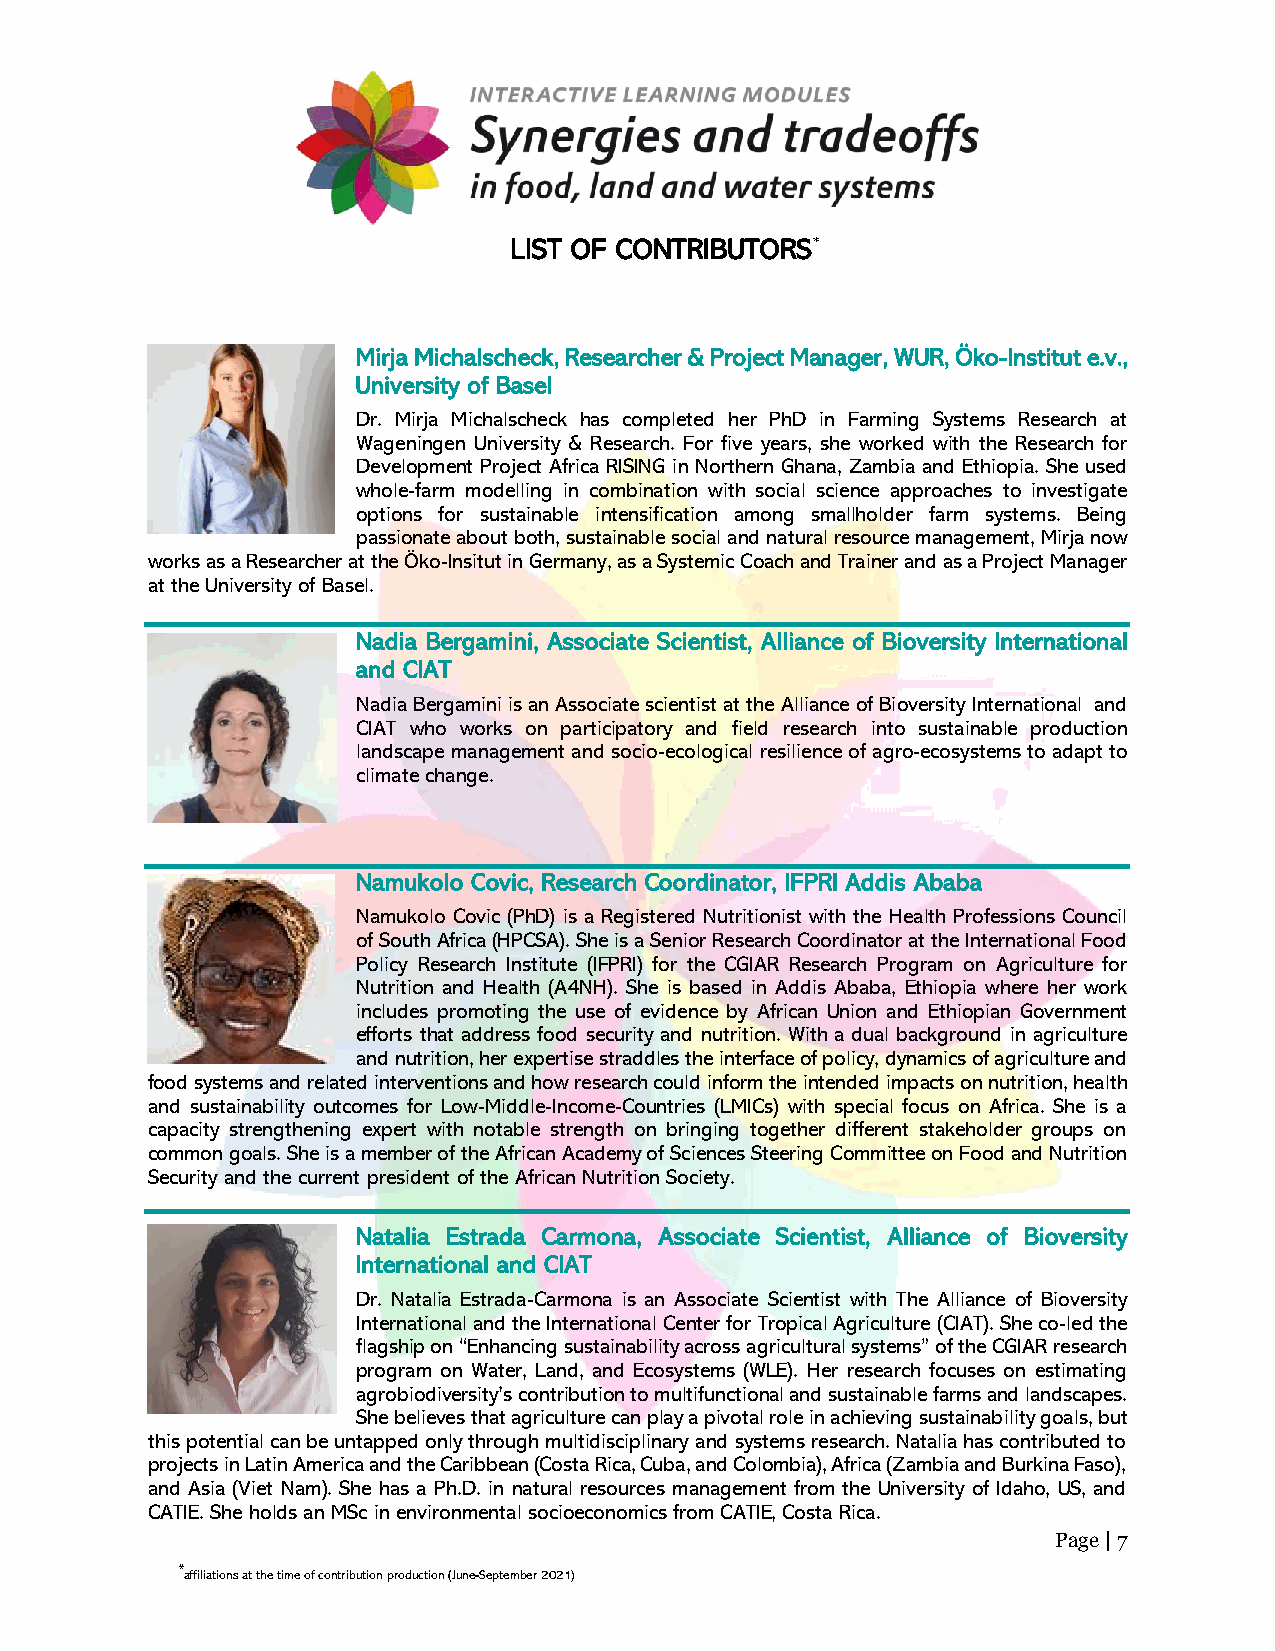
LIST OF CONTRIBUTORS*
 Mirja Michalscheck, Researcher & Project Manager, WUR, Öko-Institut e.v.,
 University of Basel
 Dr. Mirja Michalscheck has completed her PhD in Farming Systems Research at
 Wageningen University & Research. For five years, she worked with the Research for
 Development Project Africa RISING in Northern Ghana, Zambia and Ethiopia. She used
 whole-farm modelling in combination with social science approaches to investigate
 options for sustainable intensification among smallholder farm systems. Being
 passionate about both, sustainable social and natural resource management, Mirja now
 works as a Researcher at the Öko-Insitut in Germany, as a Systemic Coach and Trainer and as a Project Manager
 at the University of Basel.
 Nadia Bergamini, Associate Scientist, Alliance of Bioversity International
 and CIAT
 Nadia Bergamini is an Associate scientist at the Alliance of Bioversity International and
 CIAT who works on participatory and field research into sustainable production
 landscape management and socio-ecological resilience of agro-ecosystems to adapt to
 climate change.
 Namukolo Covic, Research Coordinator, IFPRI Addis Ababa
 Namukolo Covic (PhD) is a Registered Nutritionist with the Health Professions Council
 of South Africa (HPCSA). She is a Senior Research Coordinator at the International Food
 Policy Research Institute (IFPRI) for the CGIAR Research Program on Agriculture for
 Nutrition and Health (A4NH). She is based in Addis Ababa, Ethiopia where her work
 includes promoting the use of evidence by African Union and Ethiopian Government
 efforts that address food security and nutrition. With a dual background in agriculture
 and nutrition, her expertise straddles the interface of policy, dynamics of agriculture and
 food systems and related interventions and how research could inform the intended impacts on nutrition, health
 and sustainability outcomes for Low-Middle-Income-Countries (LMICs) with special focus on Africa. She is a
 capacity strengthening expert with notable strength on bringing together different stakeholder groups on
 common goals. She is a member of the African Academy of Sciences Steering Committee on Food and Nutrition
 Security and the current president of the African Nutrition Society.
 Natalia Estrada Carmona, Associate Scientist, Alliance of Bioversity
 International and CIAT
 Dr. Natalia Estrada-Carmona is an Associate Scientist with The Alliance of Bioversity
 International and the International Center for Tropical Agriculture (CIAT). She co-led the
 flagship on “Enhancing sustainability across agricultural systems” of the CGIAR research
 program on Water, Land, and Ecosystems (WLE). Her research focuses on estimating
 agrobiodiversity’s contribution to multifunctional and sustainable farms and landscapes.
 She believes that agriculture can play a pivotal role in achieving sustainability goals, but
 this potential can be untapped only through multidisciplinary and systems research. Natalia has contributed to
 projects in Latin America and the Caribbean (Costa Rica, Cuba, and Colombia), Africa (Zambia and Burkina Faso),
 and Asia (Viet Nam). She has a Ph.D. in natural resources management from the University of Idaho, US, and
 CATIE. She holds an MSc in environmental socioeconomics from CATIE, Costa Rica.
 Page | 7
 *affiliations at the time of contribution production (June-September 2021)